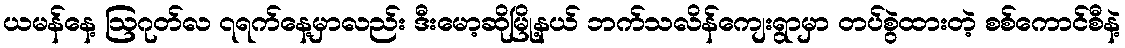
ယမန်နေ့ ဩဂုတ်လ ၇ရက်နေ့မှာလည်း ဒီးမော့ဆိုမြို့နယ် ဘက်သလိန်ကျေးရွာမှာ တပ်စွဲထားတဲ့ စစ်ကောင်စီနဲ့